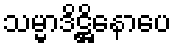
သမ္မာဒိဋ္ဌိနောပေ